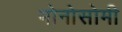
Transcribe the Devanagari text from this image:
मोनोसोमी